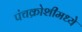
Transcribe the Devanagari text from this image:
पंचक्रोशीमध्ये